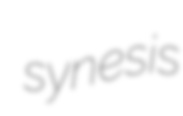
synesis